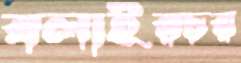
বলাইরচর